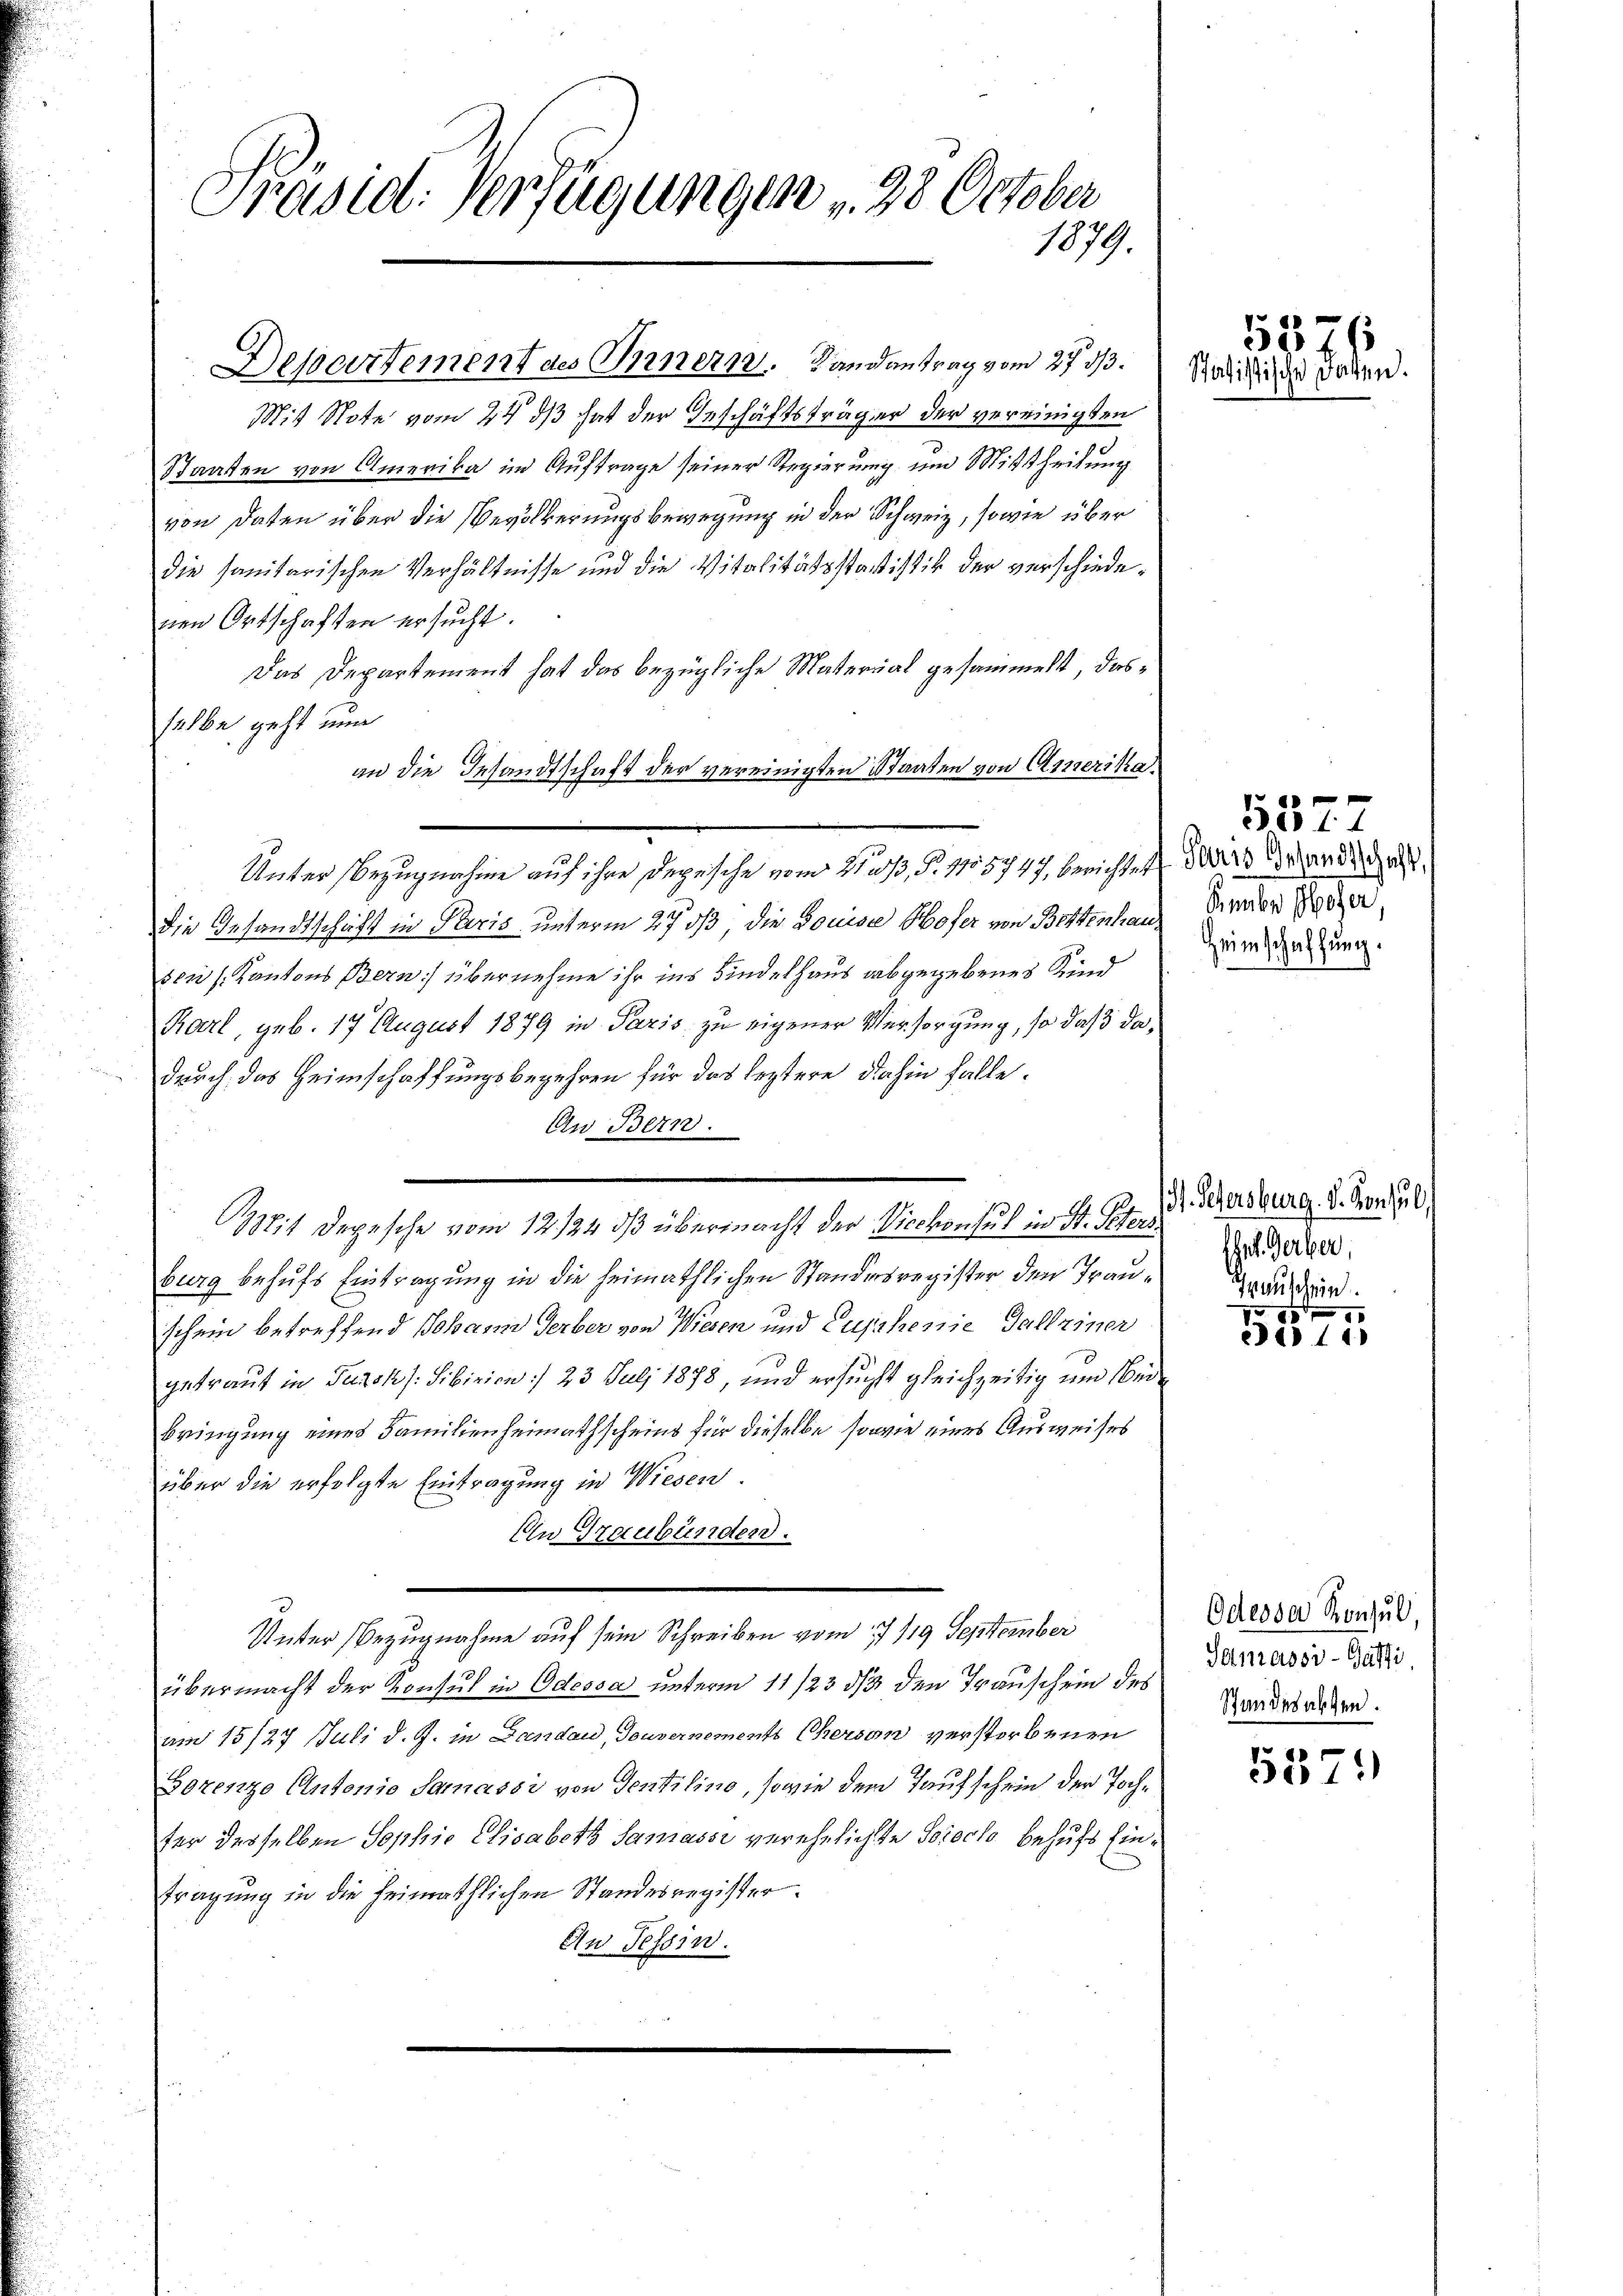
Präsid. Verfügungen v. 28 October
1879.

Mit Note vom 24. ds hat der Geschäftsträger der vereinigten
Staaten von Amerika im Auftrage seiner Regierung um Mittheilung
von Daten über die Bevölkerungsbewegung in der Schweiz, sowie über
die sanitarischen Verhältnisse und die Vitalitätsstatistik der verschiedenen Ortschaften ersucht.
Das Departement hat das bezügliche Material gesammelt, dasselbe geht nun
an die Gesandtschaft der vereinigten Staaten von Amerika¬
Unter Bezugnahme auf ihre Depesche vom Heß, §. 1155747, berichtet, da der ande das
Die Gesandtschaft in Paris unterm 27. ds, die Louise Hofer von Bittenhausen Kantons Bern) übernehme ihr ins Kindelhaus abgegebenes Kind
Karl, geb. 17 August 1879 in Paris zu eigener Versorgung, so daß dadurch das Heimschaffungsbegehren für das leztere dahin falle.
An Bern.
it Depesche vom 12. 124. dβ übermacht der Vicekonsul in St. Peters
burg behufs Eintragung in die heimathlichen Standesregister den Trauschein betreffend Johann Gerber von Wiesen und Cujahenie Galleiner
getraut in Taroks: Fibizion :/ 23 Juli 1878, und ersucht gleichzeitig und eibringung eines Familienheimathscheins für dieselbe sowie eines Ausweises
über die erfolgte Eintragung in Wiesen.
An Graubünden.
Unter Bezugnahme auf sein Schreiben vom 17/19 September
übermacht der Konsul in Odessa unterm 11/23 1/3 den Transchein des
am 15/27 Juli d. J. in Landau, Gouvernements Cherson verstorbenen
Borenze Antonie Samassi von Sentilino, sowie dem Taufschein der Tochter desselben Sophie Elisabeth Samasse verehelichte Sorecto behufs Eintragung in die heimathlichen Standesregister.
An Tessin.

Departement des Innern. Landantrag vom 27. d. So sie die orden

5876

Sembr Moser,
Heimschaffung.

1377

H. Schersburg. V. Konsul,
Sl. Gerber,
Grauschein.

85
id 14

Odesser Konsul
Sanassi-Gülti
Schmidesabsten.

557)